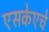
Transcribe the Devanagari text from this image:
एसकेएचे